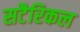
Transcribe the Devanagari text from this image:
सटैरिकल